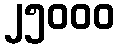
၂၅၀၀၀